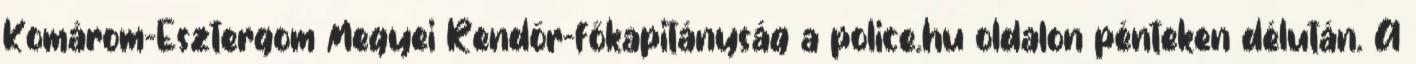
Komárom-Esztergom Megyei Rendőr-főkapitányság a police.hu oldalon pénteken délután. A